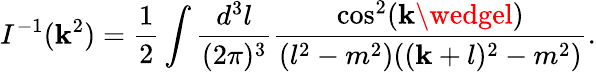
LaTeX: I^{-1}(\mathbf{k}^{2})=\frac{1}{2}\int\frac{{d^{3}l}}{{(2\pi)^{3}}}\frac{{\cos^{2}(\mathbf{k}\wedgel)}}{{(l^{2}-m^{2})((\mathbf{k}+l)^{2}-m^{2})}}.